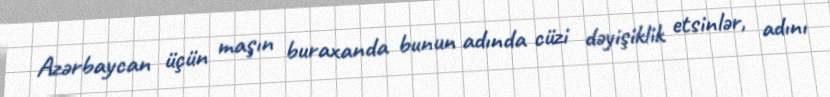
Azərbaycan üçün maşın buraxanda bunun adında cüzi dəyişiklik etsinlər, adını